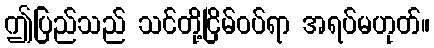
ဤပြည်သည် သင်တို့ငြိမ်ဝပ်ရာ အရပ်မဟုတ်။